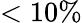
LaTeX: <10\%